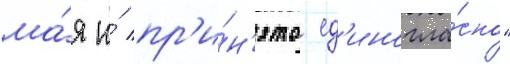
ма́я и́ пр'и́н'ято ед'иногла́сно"